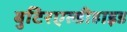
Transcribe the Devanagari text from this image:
बुटिरएल्डीहाइड